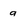
Character: a